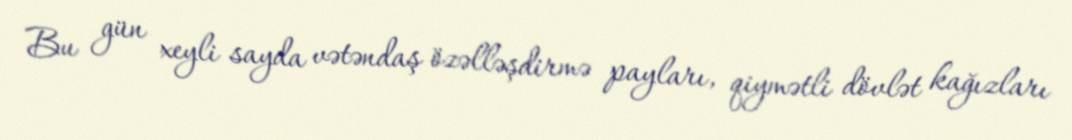
Bu gün xeyli sayda vətəndaş özəlləşdirmə payları, qiymətli dövlət kağızları